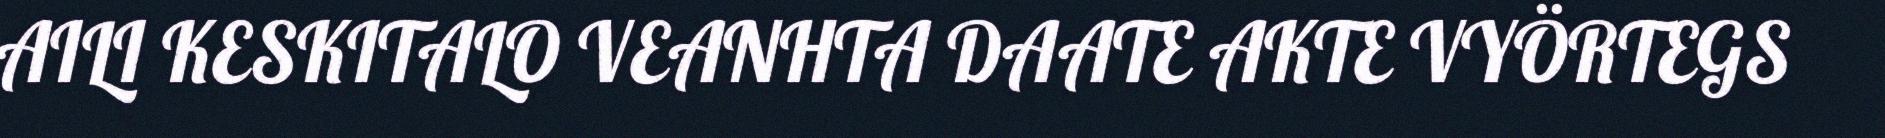
AILI KESKITALO VEANHTA DAATE AKTE VYÖRTEGS